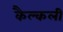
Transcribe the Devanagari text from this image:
कैल्कली